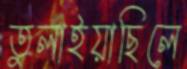
তুলাইয়াছিলে